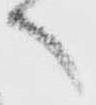
へ